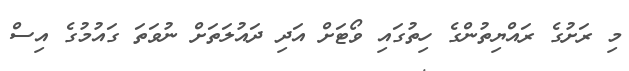
މި ރަށުގެ ރައްޔިތުންގެ ހިތުގައި ވޯޓަށް އަދި ދައުލަތަށް ނުވަތަ ގައުމުގެ އިސް